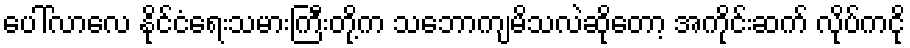
ပေါ်လာလေ နိုင်ငံရေးသမားကြီးတို့က သဘောကျမိသလဲဆိုတော့ အကိုင်းဆက် လိုပ်ကငို